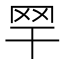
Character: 䍑